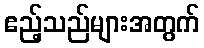
ဧည့်သည်များအတွက်